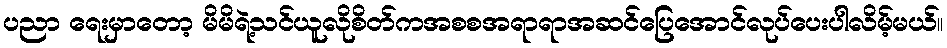
ပညာ ရေးမှာတော့ မိမိရဲ့သင်ယူလိုစိတ်ကအစစအရာရာအဆင်ပြေအောင်လုပ်ပေးပါလိမ့်မယ်။